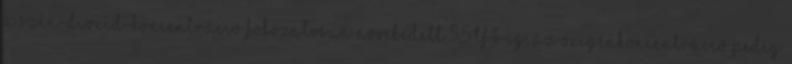
a szén-dioxid-koncentráció fokozatosan növekedett 5,5 tf%-ig, az oxigénkoncentráció pedig